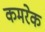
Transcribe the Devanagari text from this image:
कमरेक